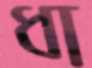
ধা